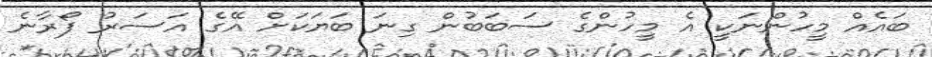
ބައެއް މީހުންނަކީ އެ މީހުންގެ ސަބަބުން ގިނަ ބަޔަކަށް އޭގެ އަސަރު ފޯރާނެ